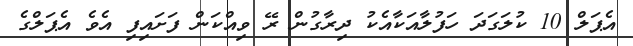
އެޕަލް 10 ކުލަގަދަ ހަފުލާއަކާއެކު ދިރާގުން ރޭ ވިއްކަން ފަށައިފި އެވެ އެޕަލްގެ